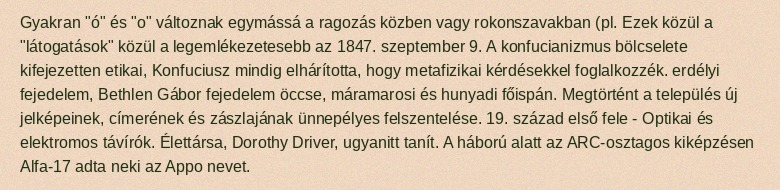
Gyakran "ó" és "o" változnak egymássá a ragozás közben vagy rokonszavakban (pl. Ezek közül a "látogatások" közül a legemlékezetesebb az 1847. szeptember 9. A konfucianizmus bölcselete kifejezetten etikai, Konfuciusz mindig elhárította, hogy metafizikai kérdésekkel foglalkozzék. erdélyi fejedelem, Bethlen Gábor fejedelem öccse, máramarosi és hunyadi főispán. Megtörtént a település új jelképeinek, címerének és zászlajának ünnepélyes felszentelése. 19. század első fele - Optikai és elektromos távírók. Élettársa, Dorothy Driver, ugyanitt tanít. A háború alatt az ARC-osztagos kiképzésen Alfa-17 adta neki az Appo nevet.